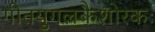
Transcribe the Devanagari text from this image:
गीतयुगलकैशोरकः